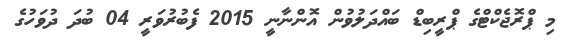
މި ޕްރޮޖެކްޓްގެ ޕްރީބިޑް ބައްދަލުވުން އޮންނާނީ 2015 ފެބުރުވަރީ 04 ބުދަ ދުވަހުގެ